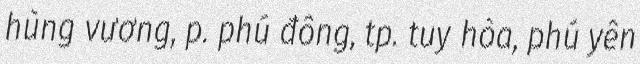
hùng vương, p. phú đông, tp. tuy hòa, phú yên